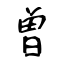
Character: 曽